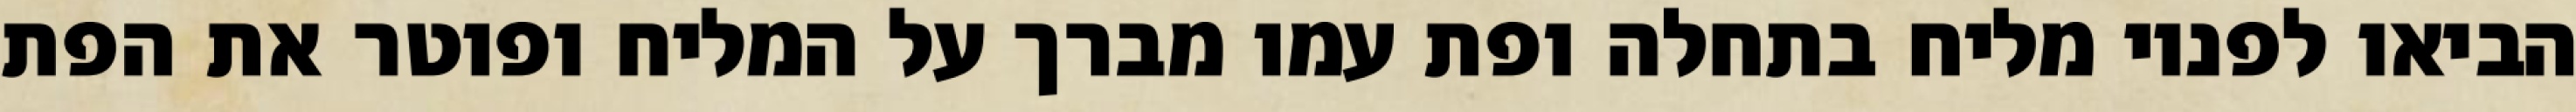
הביאו לפניו מליח בתחלה ופת עמו מברך על המליח ופוטר את הפת